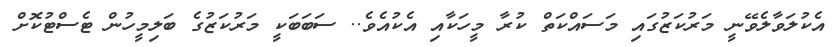
އެކުލަވާލެވޭނީ މަރުކަޒުގައި މަސައްކަތް ކުރާ މީހަކާއި އެކުއެވެ.. ސަބަބަކީ މަރުކަޒުގެ ބަލިމީހުން ޓެސްޓުކޮށް